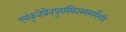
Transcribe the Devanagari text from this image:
एवंकृतेप्रेतपुरस्थितस्यस्वर्गेगतिः